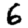
Digit: 6